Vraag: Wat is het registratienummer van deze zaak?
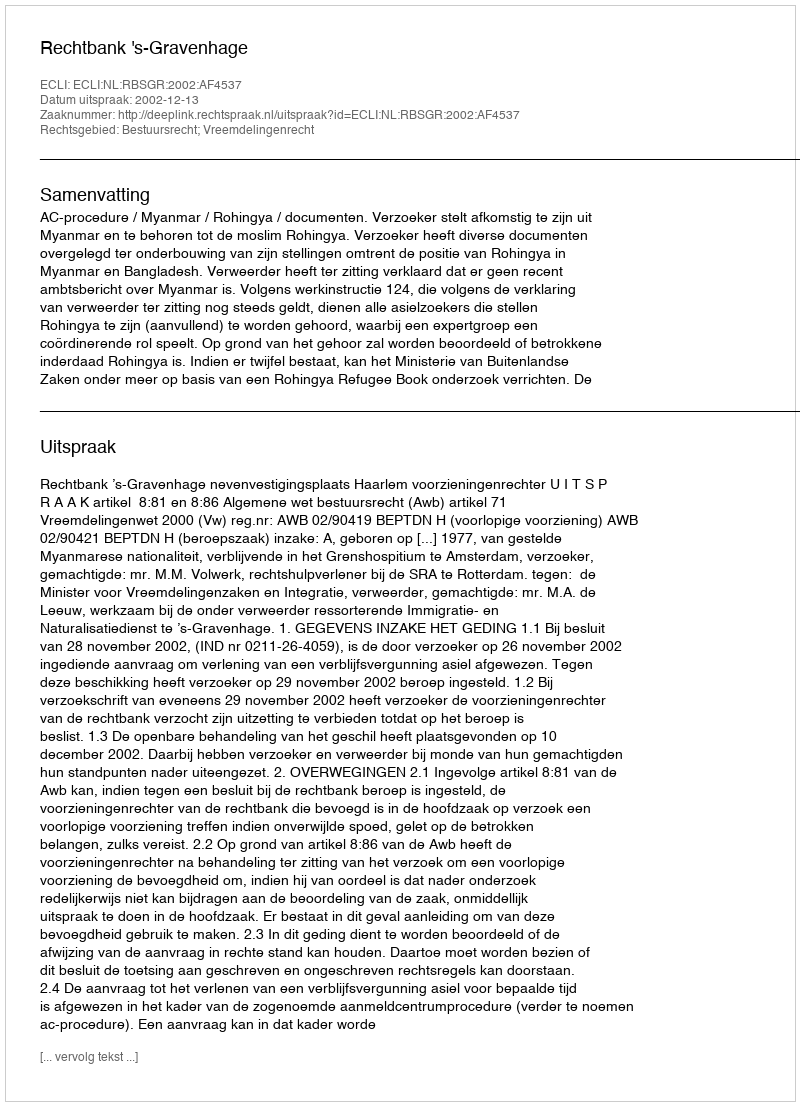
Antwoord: http://deeplink.rechtspraak.nl/uitspraak?id=ECLI:NL:RBSGR:2002:AF4537